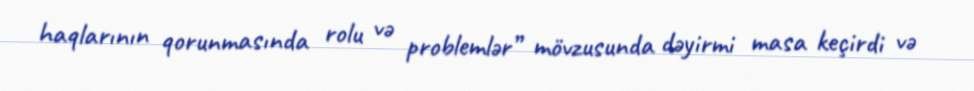
haqlarının qorunmasında rolu və problemlər” mövzusunda dəyirmi masa keçirdi və